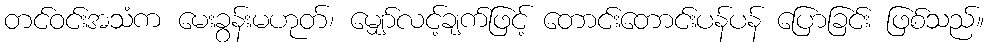
တင်ဝင်းအသံက မေးခွန်းမဟုတ်၊ မျှော်လင့်ချက်ဖြင့် တောင်းတောင်းပန်ပန် ပြောခြင်း ဖြစ်သည်။